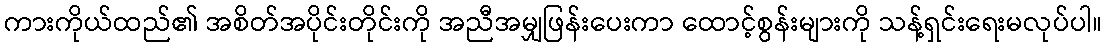
ကားကိုယ်ထည်၏ အစိတ်အပိုင်းတိုင်းကို အညီအမျှဖြန်းပေးကာ ထောင့်စွန်းများကို သန့်ရှင်းရေးမလုပ်ပါ။